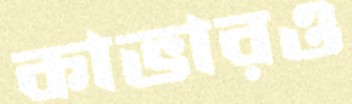
কাভারও